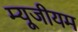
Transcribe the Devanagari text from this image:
म्‍यूजीयम